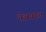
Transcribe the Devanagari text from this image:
नेत्रपाल